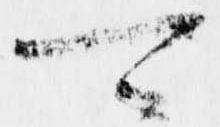
可